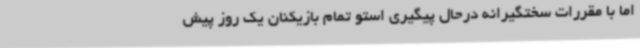
اما با مقررات سختگیرانه درحال پیگیری استو تمام بازیکنان یک روز پیش